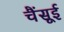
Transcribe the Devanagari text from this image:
चैंसूई